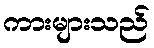
ကားများသည်